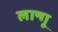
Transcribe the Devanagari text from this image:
लान्गू